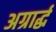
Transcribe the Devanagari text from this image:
अग्रार्द्ध